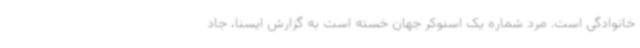
خانوادگی است. مرد شماره یک اسنوکر جهان خسته است به گزارش ایسنا، جاد